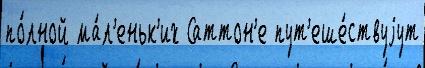
по́лной ма́л'еньк'их Саттон'е пут'еше́ствуjут